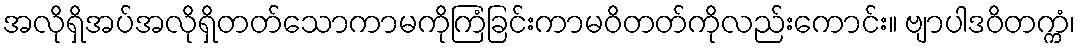
အလိုရှိအပ်အလိုရှိတတ်သောကာမကိုကြံခြင်းကာမဝိတတ်ကိုလည်းကောင်း။ ဗျာပါဒဝိတက္ကံ၊